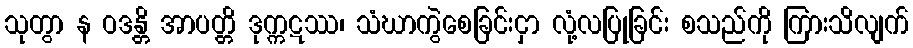
သုတွာ န ဝဒန္တိ အာပတ္တိ ဒုက္ကဋဿ၊ သံဃာကွဲစေခြင်းငှာ လုံ့လပြုခြင်း စသည်ကို ကြားသိလျက်